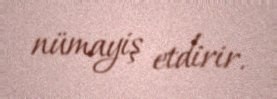
nümayiş etdirir.